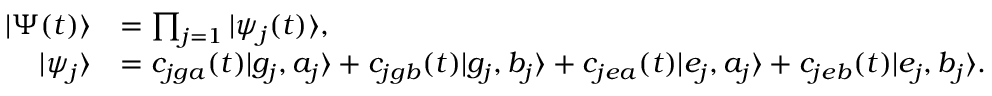
\begin{array} { r l } { | \Psi ( t ) \rangle } & { = \prod _ { j = 1 } | \psi _ { j } ( t ) \rangle , } \\ { | \psi _ { j } \rangle } & { = c _ { j g a } ( t ) | g _ { j } , a _ { j } \rangle + c _ { j g b } ( t ) | g _ { j } , b _ { j } \rangle + c _ { j e a } ( t ) | e _ { j } , a _ { j } \rangle + c _ { j e b } ( t ) | e _ { j } , b _ { j } \rangle . } \end{array}